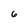
Character: 6